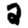
Digit: 2